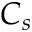
C _ { s }